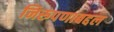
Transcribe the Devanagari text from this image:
निरुपणाबद्दल